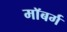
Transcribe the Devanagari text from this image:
माॅबर्ग